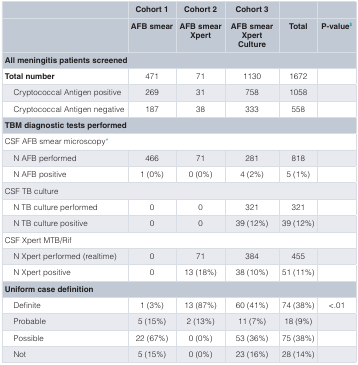
<table><thead><tr><td></td><td><b>Cohort 1</b></td><td><b>Cohort 2</b></td><td><b>Cohort 3</b></td><td></td><td></td></tr><tr><td></td><td><b>AFB smear</b></td><td><b>AFB smearXpert</b></td><td><b>AFB smearXpertCulture</b></td><td><b>Total</b></td><td><b>P-value<sup>$</sup></b></td></tr><tr><td colspan="6"><b>All meningitis patients screened</b></td></tr></thead><tbody><tr><td><b>Total number</b></td><td>471</td><td>71</td><td>1130</td><td>1672</td><td></td></tr><tr><td>Cryptococcal Antigen positive</td><td>269</td><td>31</td><td>758</td><td>1058</td><td></td></tr><tr><td>Cryptococcal Antigen negative</td><td>187</td><td>38</td><td>333</td><td>558</td><td></td></tr><tr><td colspan="6"><b>TBM diagnostic tests performed</b></td></tr><tr><td colspan="6">CSF AFB smear microscopy*</td></tr><tr><td>N AFB performed</td><td>466</td><td>71</td><td>281</td><td>818</td><td></td></tr><tr><td>N AFB positive</td><td>1 (0%)</td><td>0 (0%)</td><td>4 (2%)</td><td>5 (1%)</td><td></td></tr><tr><td colspan="6">CSF TB culture</td></tr><tr><td>N TB culture performed</td><td>0</td><td>0</td><td>321</td><td>321</td><td></td></tr><tr><td>N TB culture positive</td><td>0</td><td>0</td><td>39 (12%)</td><td>39 (12%)</td><td></td></tr><tr><td colspan="6">CSF Xpert MTB/Rif</td></tr><tr><td>N Xpert performed (realtime)</td><td>0</td><td>71</td><td>384</td><td>455</td><td></td></tr><tr><td>N Xpert positive</td><td>0</td><td>13 (18%)</td><td>38 (10%)</td><td>51 (11%)</td><td></td></tr><tr><td colspan="6"><b>Uniform case definition</b></td></tr><tr><td>Definite</td><td>1 (3%)</td><td>13 (87%)</td><td>60 (41%)</td><td>74 (38%)</td><td>&lt;.01</td></tr><tr><td>Probable</td><td>5 (15%)</td><td>2 (13%)</td><td>11 (7%)</td><td>18 (9%)</td><td></td></tr><tr><td>Possible</td><td>22 (67%)</td><td>0 (0%)</td><td>53 (36%)</td><td>75 (38%)</td><td></td></tr><tr><td>Not</td><td>5 (15%)</td><td>0 (0%)</td><td>23 (16%)</td><td>28 (14%)</td><td></td></tr></tbody></table>